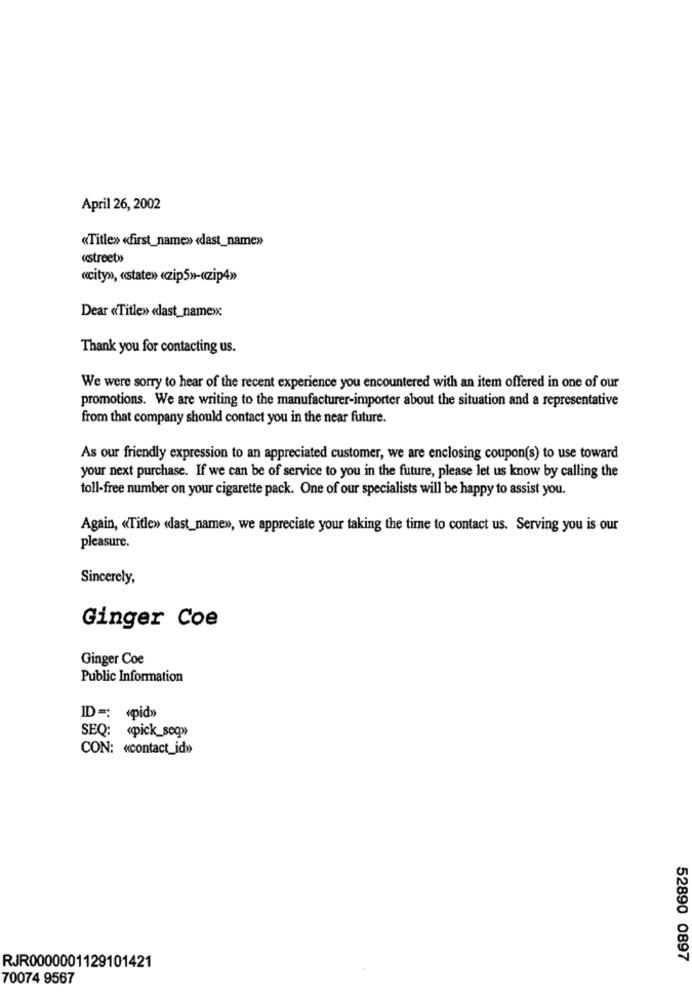
April 26, 2002
«Title» «first_name» «last_name»
«street»)
«city», «state» «zip5»-«zip4»
Dear «Title» «last_name»:
Thank you for contacting us.
We were sorry to hear of the recent experience you encountered with an item offered in one of our
promotions. We are writing to the manufacturer-importer about the situation and a representative
from that company should contact you in the near future.
As our friendly expression to an appreciated customer, we are enclosing coupon(s) to use toward
your next purchase. If we can be of service to you in the future, please let us know by calling the
toll-free number on your cigarette pack. One of our specialists will be happy to assist you.
Again, «Title» «dast_name», we appreciate your taking the time to contact us. Serving you is our
pleasure.
Sincerely,
Ginger Coe
Ginger Coe
Public Information
ID =: «pid»
SEQ: «pick_seq»
CON: «contact_id»
52890 0897
RJR0000001129101421
70074 9567